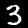
Digit: 3